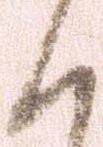
く